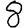
Digit: 8